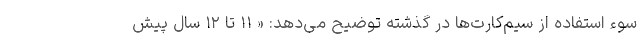
سوء استفاده از سیم‌کارت‌ها در گذشته توضیح می‌دهد: « ۱۱ تا ۱۲ سال پیش